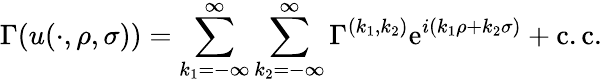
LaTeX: \Gamma(u(\cdot,\rho,\sigma))=\sum_{k_{1}=-\infty}^{\infty}\sum_{k_{2}=-\infty}^{\infty}\Gamma^{(k_{1},k_{2})}\mathrm{e}^{i(k_{1}\rho+k_{2}\sigma)}+\mathrm{{c.c.}}